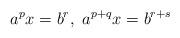
LaTeX: \begin{align*}a^px=b^r,\ a^{p+q}x=b^{r+s}\end{align*}